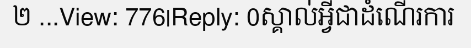
២ ...View: 776|Reply: 0ស្គាល់អ្វីជាដំណើរការ